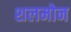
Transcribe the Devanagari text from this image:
शलमोन